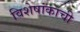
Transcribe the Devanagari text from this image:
विशेषांकाची